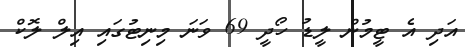
އަދި އެ ޓީމުން ލީޑު ހޯދީ 69 ވަނަ މިނިޓުގައި އިލް ލޮކް